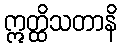
ဣတ္ထိသတာနိ